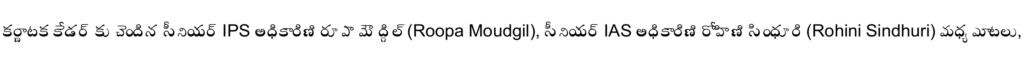
కర్ణాటక కేడర్ కు చెందిన సీనియర్ IPS అధికారిణి రూపా మౌద్గిల్ (Roopa Moudgil), సీనియర్ IAS అధికారిణి రోహిణి సింధూరి (Rohini Sindhuri) మధ్య మాటలు,